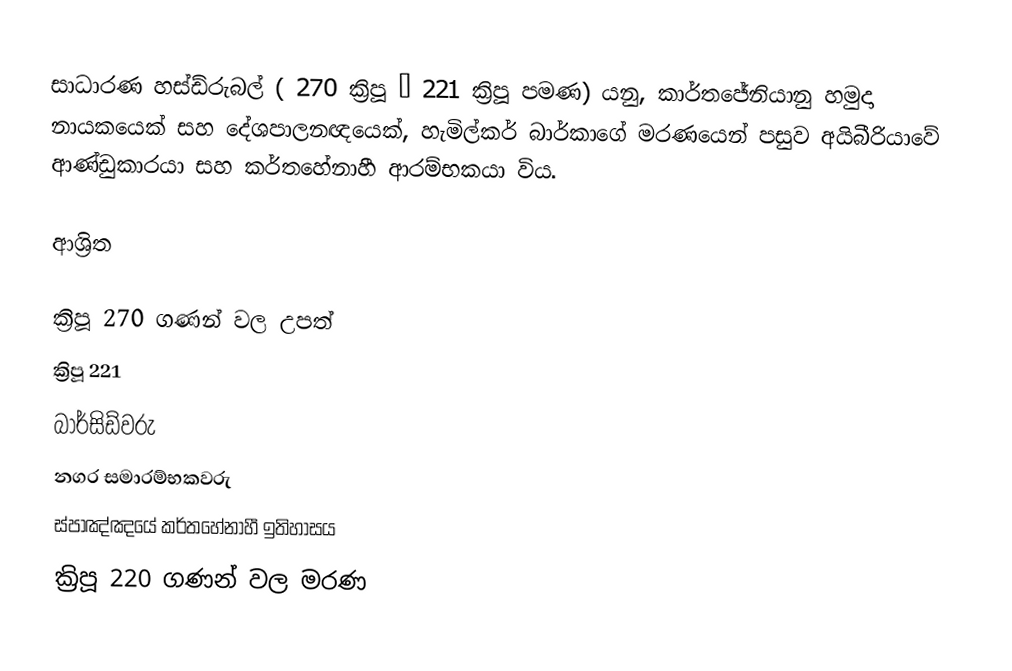
සාධාරණ හස්ඩ්රුබල් ( 270 ක්‍රිපූ – 221 ක්‍රිපූ පමණ) යනු, කාර්තජේනියානු  හමුදා නායකයෙක් සහ දේශපාලනඥයෙක්,  හැමිල්කර් බාර්කාගේ මරණයෙන් පසුව අයිබීරියාවේ ආණ්ඩුකාරයා සහ කර්තහේනාහී ආරම්භකයා විය.

ආශ්‍රිත

ක්‍රිපූ 270 ගණන් වල උපත්
ක්‍රිපූ 221
බාර්සිඩ්වරු
නගර සමාරම්භකවරු
ස්පාඤ්ඤයේ කර්තහේනාහී ඉතිහාසය
ක්‍රිපූ 220 ගණන් වල මරණ